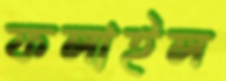
ফলাইল